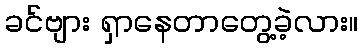
ခင်ဗျား ရှာနေတာတွေ့ခဲ့လား။